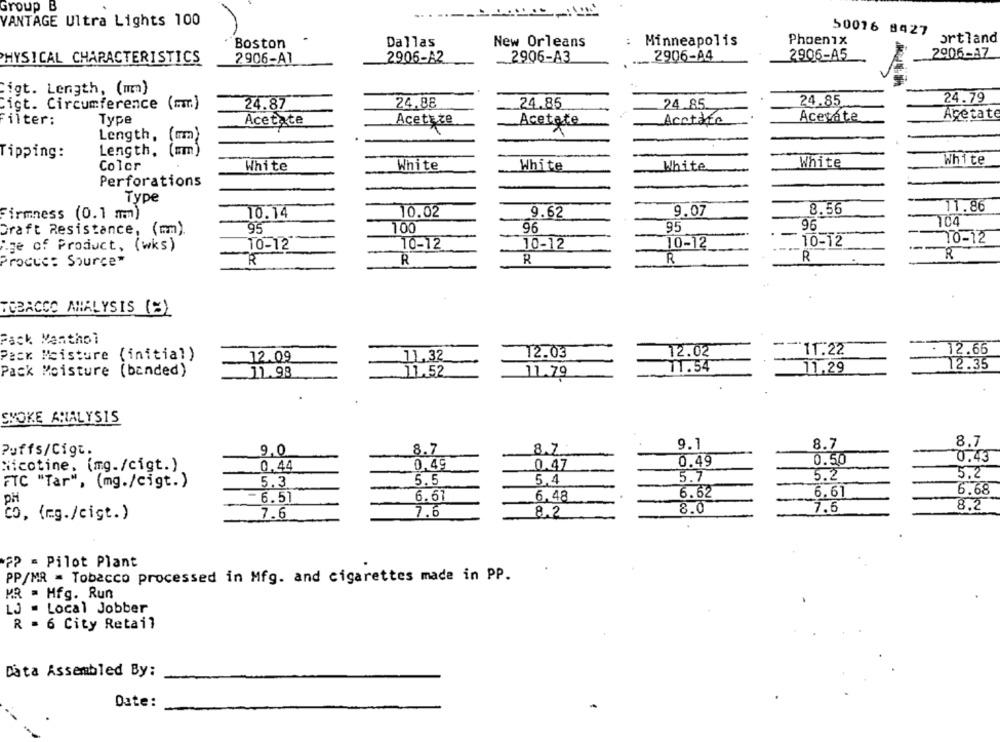
Group
VANTAGE Ultra Lights 100
50016 8427
Boston
Dallas
New Orleans
:
Minneapolis
Phoenix
ortland
PHYSICAL CHARACTERISTICS
2906-A1
2906-A2
2906-A3
2906-A4
2906-A5
2906-17
igt. Length, (mm)
24.88
24.85
24.79
igt. Circumference (mm)
24.87
24.85
24 .85.
Acetate
Acetate
ilter:
Type
Acetate
Acetsze
Acetate
Acctare
Length.
Tipping:
Length.
White
White
Color
White
White
White
White
Perforations
Type
11.86
Firmness (0.1 mm)
10.14
10.02
9.62
9.07
8.56
104
Draft Resistance, (mm).
95
100
96
95
96
10-12
70-12
"ige of Product, (wks)
10-12
10-12
10-12
10-12
R
R
Procuc: Source*
R
R
R
R
TOBACCO ANALYSIS (S)
Fack Menthol
Pack Moisture (initial)
11.32
12.03
_12.02
11.22
. 12.66
12.09
Pack Moisture (banded)
11.52
11.54
11.29
72.35
11.98
11.79
SMOKE ANALYSIS
9.1
8.7
8.7
Puffs/Cigt.
9.0
8.7
8.7
0.50
0.43
Nicotine, (mg./cigt.)
0.44
0.49
0.47
0.49
5.2
5.3
5.5
5.4
3.7
5.2
FTC "Tar", (mg./cigt.)
6.51
6.67
6.48
6.62
6.61
6.68
7.6
8.2
8.0
7.6
8.2
co, (mg./cigt.)
7.6
7? = Pilot Plant
PP/MR = Tobacco processed in Mfg. and cigarettes made in PP.
MR = Hfg. Run
LJ - Local Jobber
R = 6 City Retail
Data Assembled By:
Date: